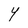
Character: Y